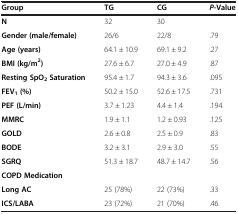
| Group | TG | CG | P-Value |
 | --- | --- | --- | --- |
 | N | 32 | 30 |  |
 | Gender (male/female) | 26/6 | 22/8 | .79 |
 | Age (years) | 64.1 ± 10.9 | 69.1 ± 9.2 | .27 |
 | BMI (kg/m2) | 27.6 ± 6.7 | 27.0 ± 4.9 | .87 |
 | Resting SpO2 Saturation | 95.4 ± 1.7 | 94.3 ± 3.6 | .095 |
 | FEV1 (%) | 50.2 ± 15.0 | 52.6 ± 17.5 | .731 |
 | PEF (L/min) | 3.7 ± 1.23 | 4.4 ± 1.4 | .194 |
 | MMRC | 1.9 ± 1.1 | 1.2 ± 0.93 | .125 |
 | GOLD | 2.6 ± 0.8 | 2.5 ± 0.9 | .83 |
 | BODE | 3.2 ± 3.1 | 2.9 ± 3.0 | .55 |
 | SGRQ | 51.3 ± 18.7 | 48.7 ± 14.7 | .56 |
 | COPD Medication |  |  |  |
 | Long AC | 25 (78%) | 22 (73%) | .33 |
 | ICS/LABA | 23 (72%) | 21 (70%) | .46 |